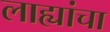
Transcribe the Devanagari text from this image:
लाह्यांचा